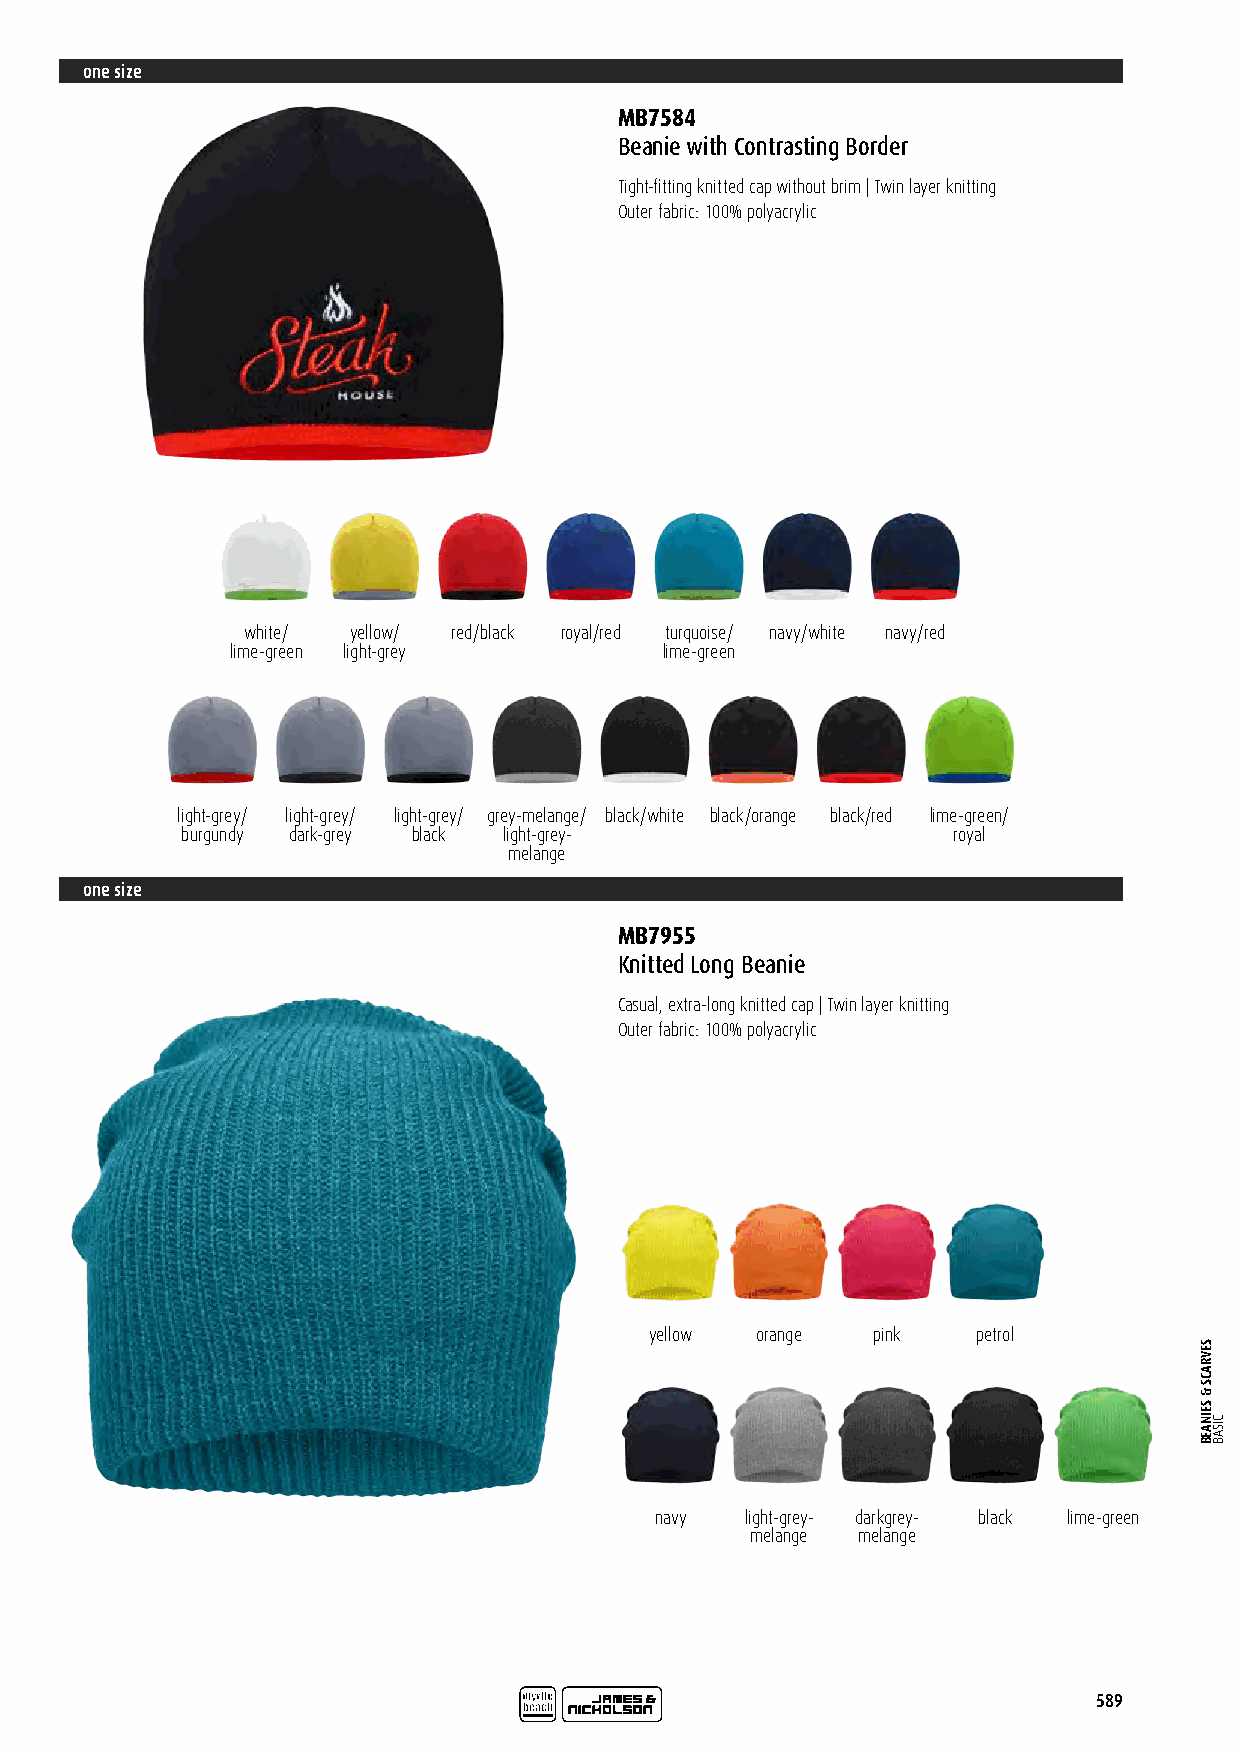
one size
 MB7584
 Beanie with Contrasting Border
 Tight-fitting knitted cap without brim | Twin layer knitting
 Outer fabric: 100% polyacrylic
 white/ yellow/ red/black royal/red turquoise/ navy/white navy/red
 lime-green light-grey        lime-green
 light-grey/ light-grey/ light-grey/ grey-melange/ black/white black/orange black/red lime-green/
 burgundy dark-grey black light-grey-               royal
 melange
 one size
 MB7955
 Knitted Long Beanie
 Casual, extra-long knitted cap | Twin layer knitting
 Outer fabric: 100% polyacrylic
 yellow orange  pink   petrol
 navy  light-grey- darkgrey- black lime-green
 melange melange
 589
 SEVRACS
 &
 SEINAEB
 CISAB